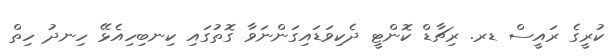
ކުރީގެ ރައީސް ޑރ. ރިޗާޑް ކޮންޓީ ދެކިވަޑައިގަންނަވާ ގޮތުގައި ކިނބިހިއެޅޭ ހިނދު ހިތް